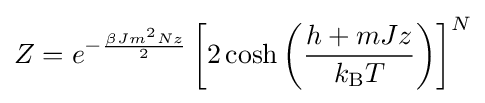
Z=e^{-{\frac {\beta Jm^{2}Nz}{2}}}\left[2\cosh \left({\frac {h+mJz}{k_{\text{B}}T}}\right)\right]^{N}